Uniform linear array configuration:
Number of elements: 24
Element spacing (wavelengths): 1
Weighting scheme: exponential
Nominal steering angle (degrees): -45
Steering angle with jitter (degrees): -46.023
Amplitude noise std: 0.05
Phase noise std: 0.05

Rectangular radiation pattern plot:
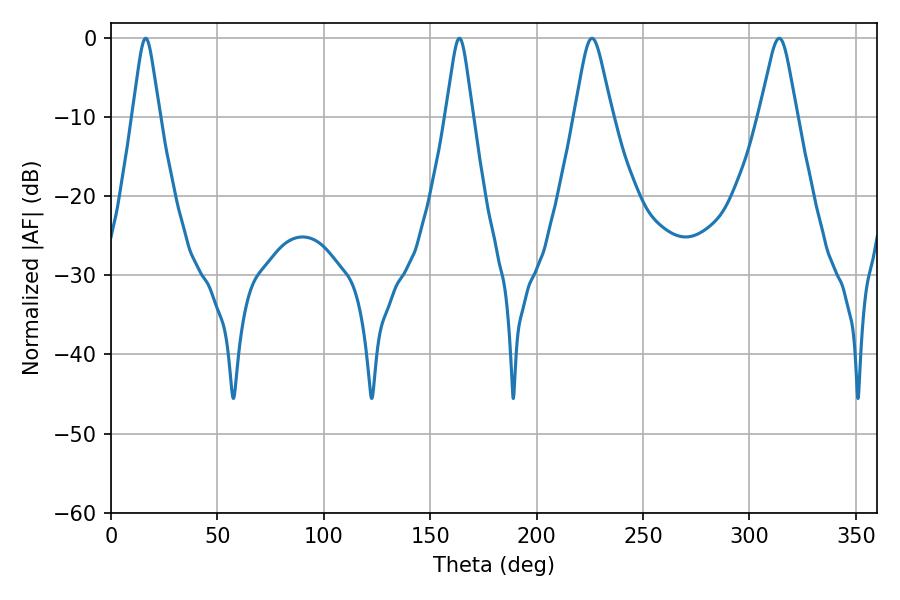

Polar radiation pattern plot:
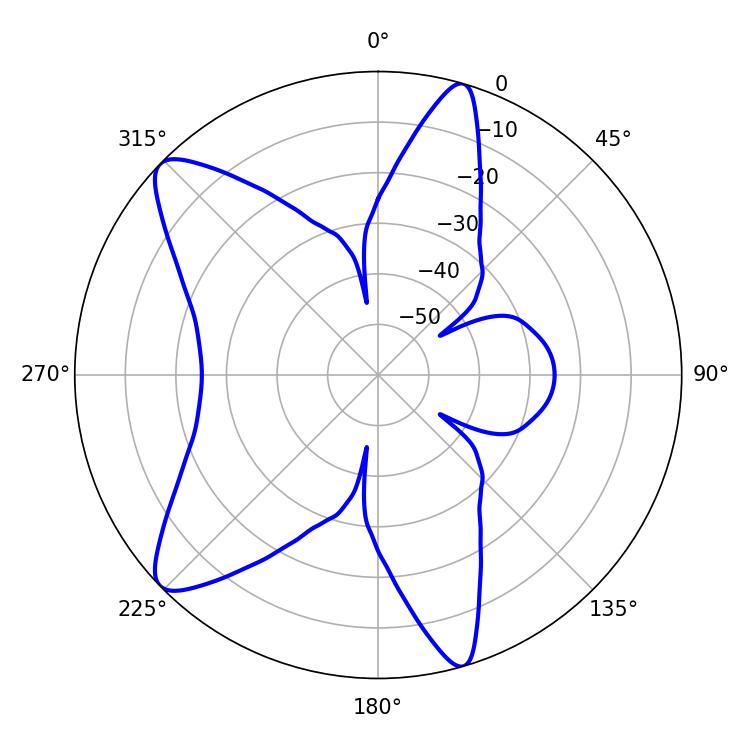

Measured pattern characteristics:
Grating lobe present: TRUE
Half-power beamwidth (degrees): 8.46
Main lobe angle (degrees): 226.08